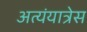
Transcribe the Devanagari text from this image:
अत्यंयात्रेस